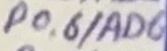
Text: P0.6/AD6